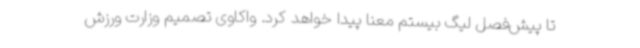
تا پیش‌فصل لیگ بیستم معنا پیدا خواهد کرد. واکاوی تصمیم وزارت ورزش